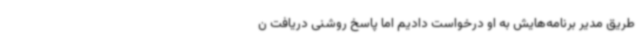
طریق مدیر برنامه‌هایش به او درخواست دادیم اما پاسخ روشنی دریافت ن